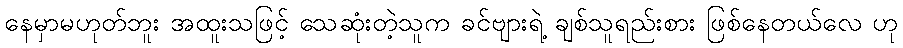
နေမှာမဟုတ်ဘူး အထူးသဖြင့် သေဆုံးတဲ့သူက ခင်ဗျားရဲ့ ချစ်သူရည်းစား ဖြစ်နေတယ်လေ ဟု